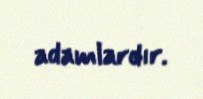
adamlardır.